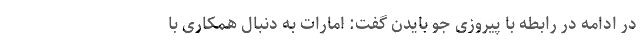
در ادامه در رابطه با پیروزی جو بایدن گفت: امارات به دنبال همکاری با